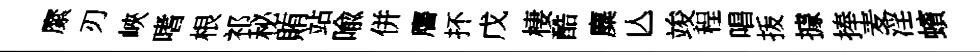
縻刃峽嗜根祁秘賄站喩併譍抔戊棲酷麋亾竣程唱㧞據捧麦淫蠙